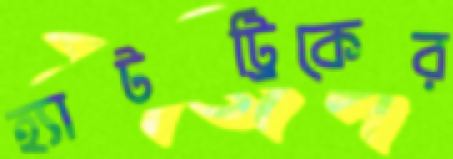
হ্যাটট্রিকের